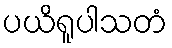
ပယိရူပါသတံ